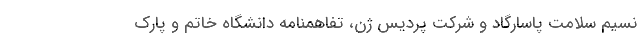
نسیم سلامت پاسارگاد و شركت پردیس ژن، تفاهمنامه دانشگاه خاتم و پارك